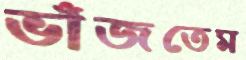
ভাঁজতেম